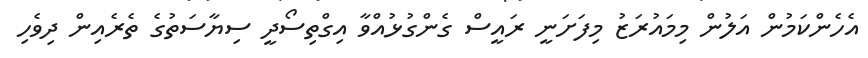
އެހެންކަމުން އަލުން މިމައުރަޒު މިފަށަނީ ރައީސް ގެންގުޅުއްވާ އިގްތިސޯދީ ސިޔާސަތުގެ ތެރެއިން ދިވެހި